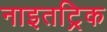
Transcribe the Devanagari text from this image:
नाइतट्रिक